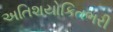
અતિશયોકિતભરી